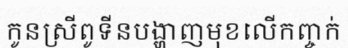
កូនស្រីពូទីនបង្ហាញមុខលើកញ្ចក់